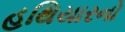
હથિયારનો